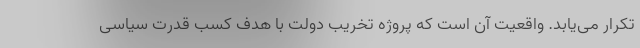
تکرار می‌یابد. واقعیت آن است که پروژه تخریب دولت با هدف کسب قدرت سیاسی